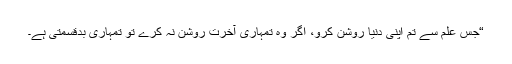
“جس علم سے تم اپنی دنیا روشن کرو، اگر وہ تمہاری آخرت روشن نہ کرے تو تمہاری بدقسمتی ہے۔